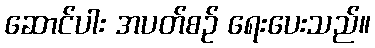
ဆောင်ပါး အပတ်စဉ် ရေးပေးသည်။